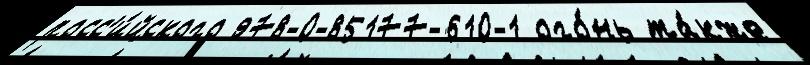
росс'и́йского 978-0-85177-610-1 ого́нь та́кже